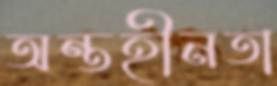
অন্তহীনতা